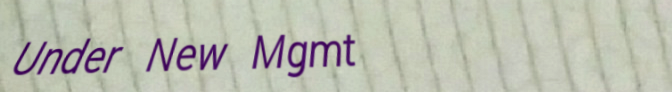
Under New Mgmt